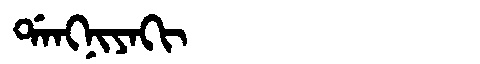
Manchu: ᡩᠠᠩᠨᡳᠶᠠᡴᡳ
Romanization: DANGNIYAKI